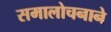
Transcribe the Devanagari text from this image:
समालोचनाने